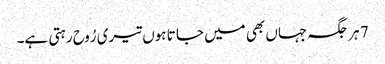
7 ہر جگہ جہاں بھی میں جا تا ہوں تیری رُوح رہتی ہے۔